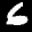
Label: 6